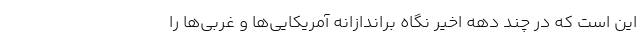
این است که در چند دهه اخیر نگاه براندازانه آمریکایی‌ها و غربی‌ها را